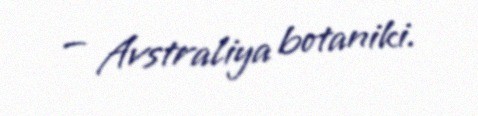
— Avstraliya botaniki.